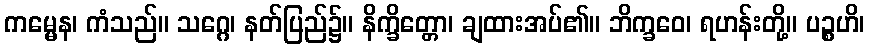
ကမ္မေန၊ ကံသည်။ သဂ္ဂေ၊ နတ်ပြည်၌။ နိက္ခိတ္တော၊ ချထားအပ်၏။ ဘိက္ခဝေ၊ ရဟန်းတို့။ ပဉ္စဟိ၊